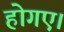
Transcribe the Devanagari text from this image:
होगए।